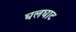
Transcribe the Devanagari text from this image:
घलघाट